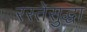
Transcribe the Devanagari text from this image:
रस्तेसुद्धा